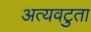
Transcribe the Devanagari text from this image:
अत्यवटुता